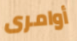
أوامرى